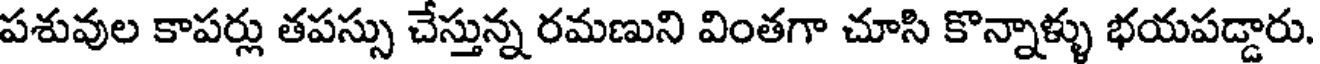
పశువుల కాపర్లు తపస్సు చేస్తున్న రమణుని వింతగా చూసి కొన్నాళ్ళు భయపడ్డారు